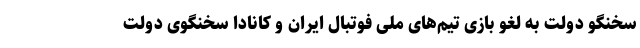
سخنگو دولت به لغو بازی تیم‌های ملی فوتبال ایران و کانادا سخنگوی دولت